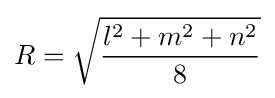
R={\sqrt {\frac {l^{2}+m^{2}+n^{2}}{8}}}